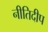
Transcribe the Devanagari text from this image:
नीतिदीप